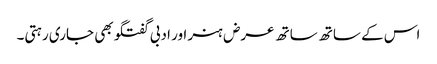
اس کے ساتھ ساتھ عرض ہنر اور ادبی گفتگو بھی جاری رہتی۔